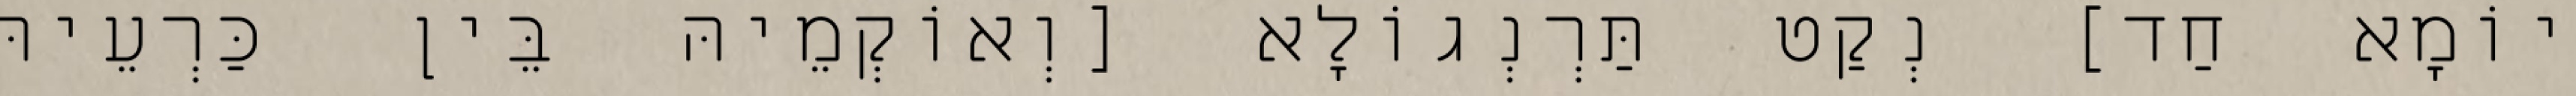
יוֹמָא חַד] נְקַט תַּרְנְגוֹלָא [וְאוֹקְמֵיהּ בֵּין כַּרְעֵיהּ